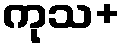
ကုသ+